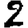
Digit: 2